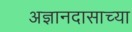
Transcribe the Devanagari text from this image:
अज्ञानदासाच्या